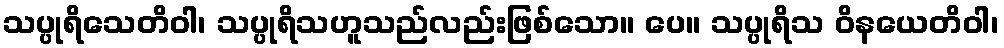
သပ္ပုရိသေတိဝါ၊ သပ္ပုရိသဟူသည်လည်းဖြစ်သော။ ပေ။ သပ္ပုရိသ ဝိနယေတိဝါ၊